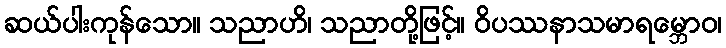
ဆယ်ပါးကုန်သော။ သညာဟိ၊ သညာတို့ဖြင့်။ ဝိပဿနာသမာရမ္ဘောဝ၊